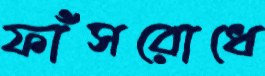
ফাঁসরোধে